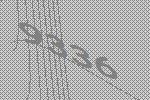
9336